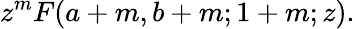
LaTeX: z^{m}F(a+m,b+m;1+m;z).